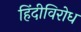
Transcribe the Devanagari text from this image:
हिंदीविरोध